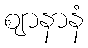
ဈာနာနံ